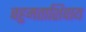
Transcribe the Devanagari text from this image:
बहुमताशिवाय